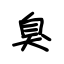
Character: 臭